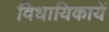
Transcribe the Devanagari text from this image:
विधायिकायें